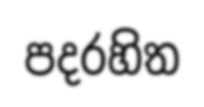
පදරහිත